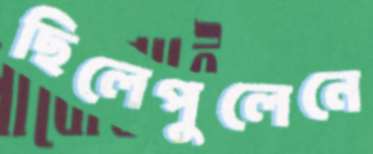
ছিলেপুলেনে